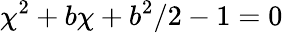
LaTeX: \chi^{2}+b\chi+b^{2}/2-1=0